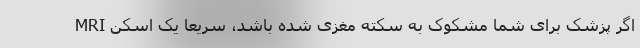
اگر پزشک برای شما مشکوک به سکته مغزی شده باشد، سریعاً یک اسکن MRI